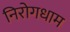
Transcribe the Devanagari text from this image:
निरोगधाम